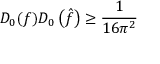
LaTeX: D _ { 0 } ( f ) D _ { 0 } \left( { \hat { f } } \right) \geq { \frac { 1 } { 1 6 \pi ^ { 2 } } }